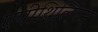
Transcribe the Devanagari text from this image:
एपीथिलियम